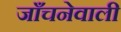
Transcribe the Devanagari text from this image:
जाँचनेवाली